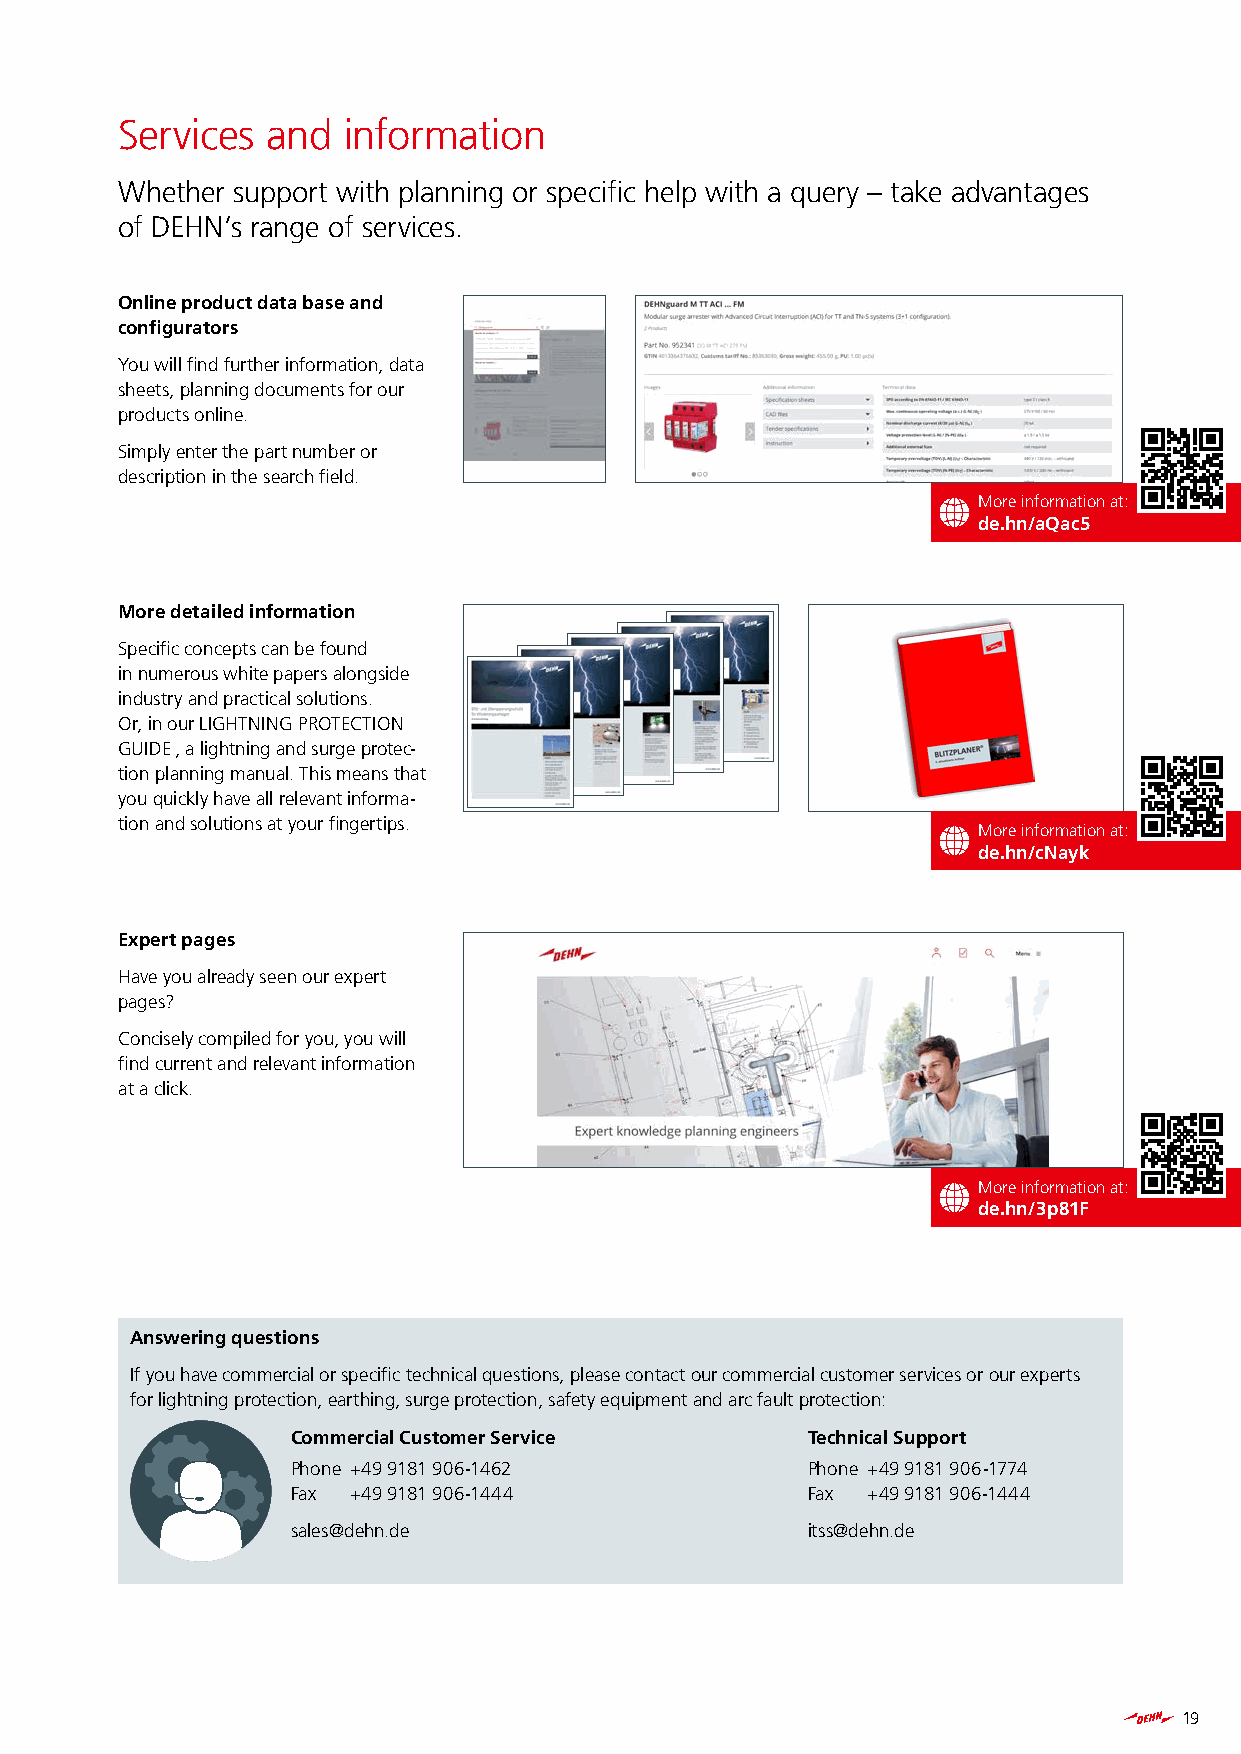
Services  and  information
 Whether support with planning or specific help with a query – take advantages
 of DEHN’s range of services.
 Online product data base and
 configurators
 You will find further information, data
 sheets, planning documents for our
 products online.
 Simply enter the part number or
 description in the search field.
 More information at:
 de.hn/aQac5
 More detailed information
 Specific concepts can be found
 in numerous white papers alongside
 industry and practical solutions.
 Or, in our LIGHTNING PROTECTION
 GUIDE , a lightning and surge protec-
 tion planning manual. This means that
 you quickly have all relevant informa-
 tion and solutions at your fingertips.
 More information at:
 de.hn/cNayk
 Expert pages
 Have you already seen our expert
 pages?
 Concisely compiled for you, you will
 find current and relevant information
 at a click.
 More information at:
 de.hn/3p81F
 Answering questions
 If you have commercial or specific technical questions, please contact our commercial customer services or our experts
 for lightning protection, earthing, surge protection, safety equipment and arc fault protection:
 Commercial Customer Service       Technical Support
 Phone +49 9181 906-1462           Phone +49 9181 906-1774
 Fax +49 9181 906-1444             Fax +49 9181 906-1444
 sales@dehn.de                     itss@dehn.de
 19